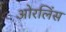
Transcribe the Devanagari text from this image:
ओरलिंस